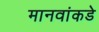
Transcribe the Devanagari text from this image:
मानवांकडे